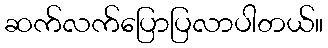
ဆက်လက်ပြောပြလာပါတယ်။